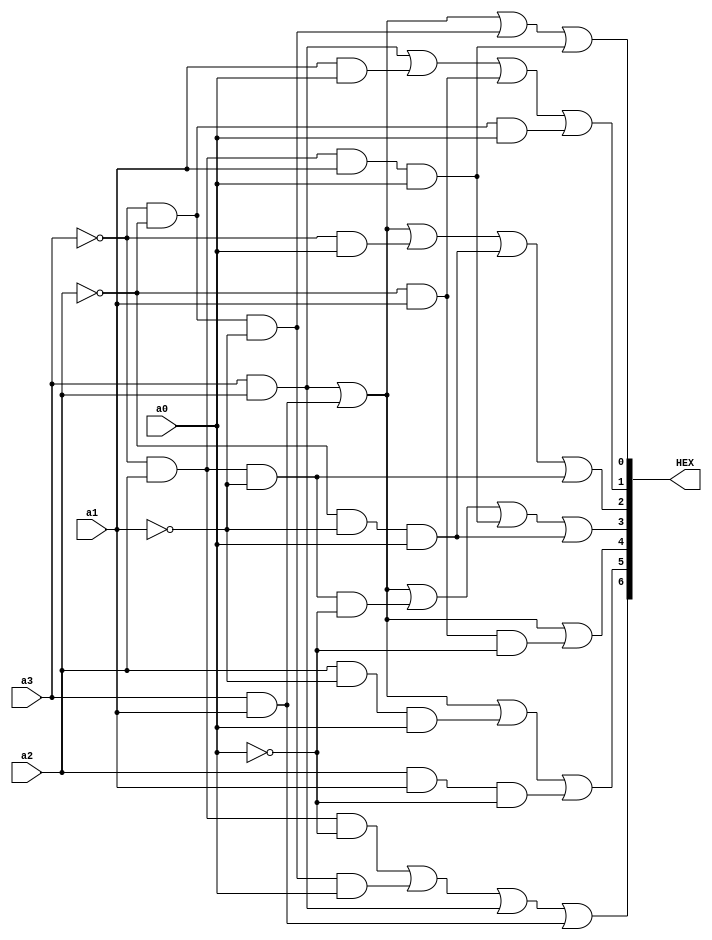
module bin_to_dec_7seg(a3, a2, a1, a0, HEX);
	input a3, a2, a1, a0;
	output [0:6] HEX;

	assign HEX[0] = (~a3 & a2 & ~a0) | (~a3 & ~ a2 & ~a1 & a0) | (a3 & a2) | (a3 & a1);
	assign HEX[1] = (a3 & a2) | (a3 & a1) | (a2 & ~a1 & a0) | (a2 & a1 & ~a0);
	assign HEX[2] = (a3 & a2) | (a3 & a1) | (~a2 & a1 & ~a0);
	assign HEX[3] = (a3 & a2) | (a3 & a1) | (~a3 & a2 & ~a1 & ~a0)| (~a3 & a2 & a1 & a0) | (~a2 & ~a1 & a0);
	assign HEX[4] = (a3 & a2) | (a3 & a1) | (~a3 & a0) | (~a2 & ~a1 & a0) | (~a3 & a2 & ~a1);
	assign HEX[5] = (a3 & a2) | (a1 & a0) | (~a2 & a1) | (~a3 & ~a2 & a0);
	assign HEX[6] = (a3 & a2) | (a3 & a1) | (~a3 & ~a2 & ~a1) | (~a3 & a2 & a1 & a0);

endmodule 


module part5(CLOCK_50, SW, HEX0);
	input CLOCK_50;
	input [1:0] SW;
	output [0:6] HEX0;
	reg [25:0] Q;
	reg [3:0] A;
	wire sec;
	
	always @ (posedge CLOCK_50, negedge SW[0])
		if(~SW[0])
			Q <= 26'b1;
		else
			Q <= Q + 1;	
			
	assign sec = (Q == 0);
	
	always @ (posedge CLOCK_50, negedge SW[0])
		if(~SW[0])
			A <= 4'b0;
		else
			if(sec)
				if (A == 4'd9)
					A <= 4'b0;
				else
					A <= A + 1;
	
	bin_to_dec_7seg u0(A[3], A[2], A[1], A[0], HEX0);

endmodule